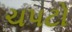
ચપટો